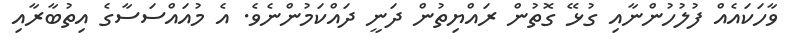
ވާހަކައެއް ފުލުހުންނާއި ގުޅޭ ގޮތުން ރައްޔިތުން ދަނީ ދައްކަމުންނެވެ. އެ މުއައްސަސާގެ އިތުބާރާއި